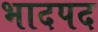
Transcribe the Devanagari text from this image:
भादपद